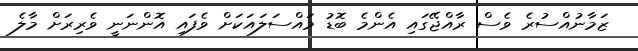
ޒަމާނުއްސުރެ ވެސް ރާއްޖޭގައި އެންމެ ބޮޑު މައްސަލައަކަށް ވެފައި އޮންނަނީ ވެރިރަށް މާލެ